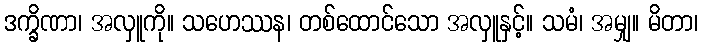
ဒက္ခိဏာ၊ အလှူကို။ သဟေဿန၊ တစ်ထောင်သော အလှူနှင့်။ သမံ၊ အမျှ။ မိတာ၊